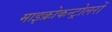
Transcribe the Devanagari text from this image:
माइक्रोकन्ट्रोलरों